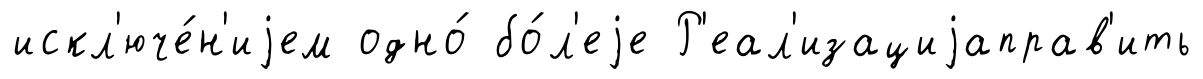
искл'юче́н'иjем одно́ бо́л'еjе Р'еал'изациjаправ'ить